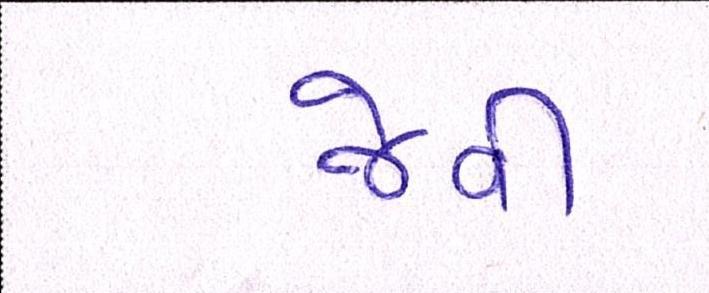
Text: જેવી